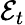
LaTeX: \mathcal{E}_{t}